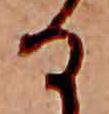
る